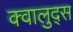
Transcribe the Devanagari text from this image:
क्वालुद्स